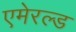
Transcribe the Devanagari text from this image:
एमेरल्ड